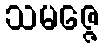
သမဇ္ဇေ